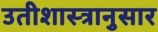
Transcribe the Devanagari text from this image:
उतीशास्त्रानुसार